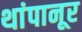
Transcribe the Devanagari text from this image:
थांपानूर